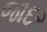
જાદર